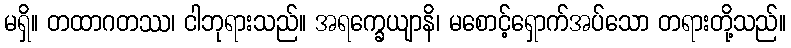
မရှိ။ တထာဂတဿ၊ ငါဘုရားသည်။ အရက္ခေယျာနိ၊ မစောင့်ရှောက်အပ်သော တရားတို့သည်။